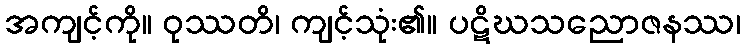
အကျင့်ကို။ ဝုဿတိ၊ ကျင့်သုံး၏။ ပဋိဃသညောဇနဿ၊